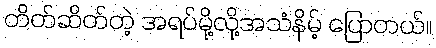
တိတ်ဆိတ်တဲ့ အရပ်မို့လို့အသံနိမ့် ပြောတယ်။